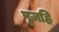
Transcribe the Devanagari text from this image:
पूजहि